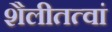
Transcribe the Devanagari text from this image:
शैलीतत्वां